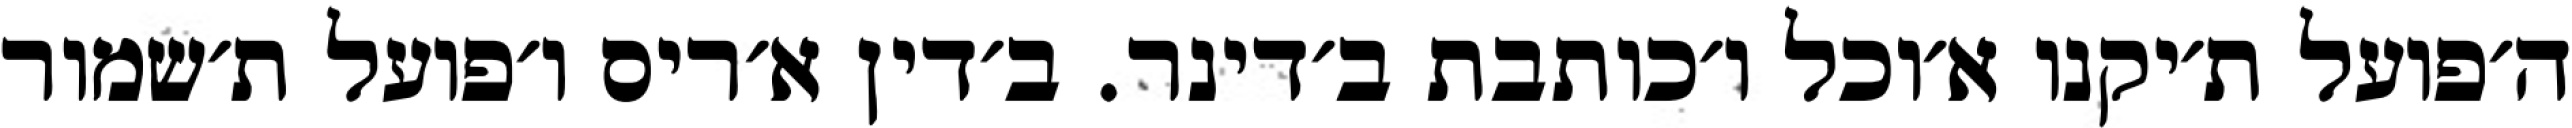
ה׳פועל ת׳יקנו א׳וכל ו׳כותבת ב׳דינר. ב׳דין א׳ריס ו׳פועל ת׳שמור